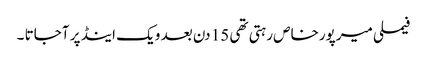
فیملی میرپورخاص رہتی تھی 15 دن بعد ویک اینڈ پر آجاتا ۔